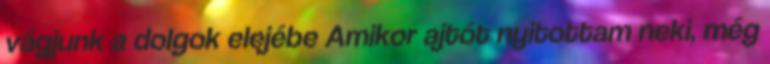
vágjunk a dolgok elejébe Amikor ajtót nyitottam neki, még